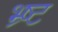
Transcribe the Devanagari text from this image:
भ्र्ष्ट